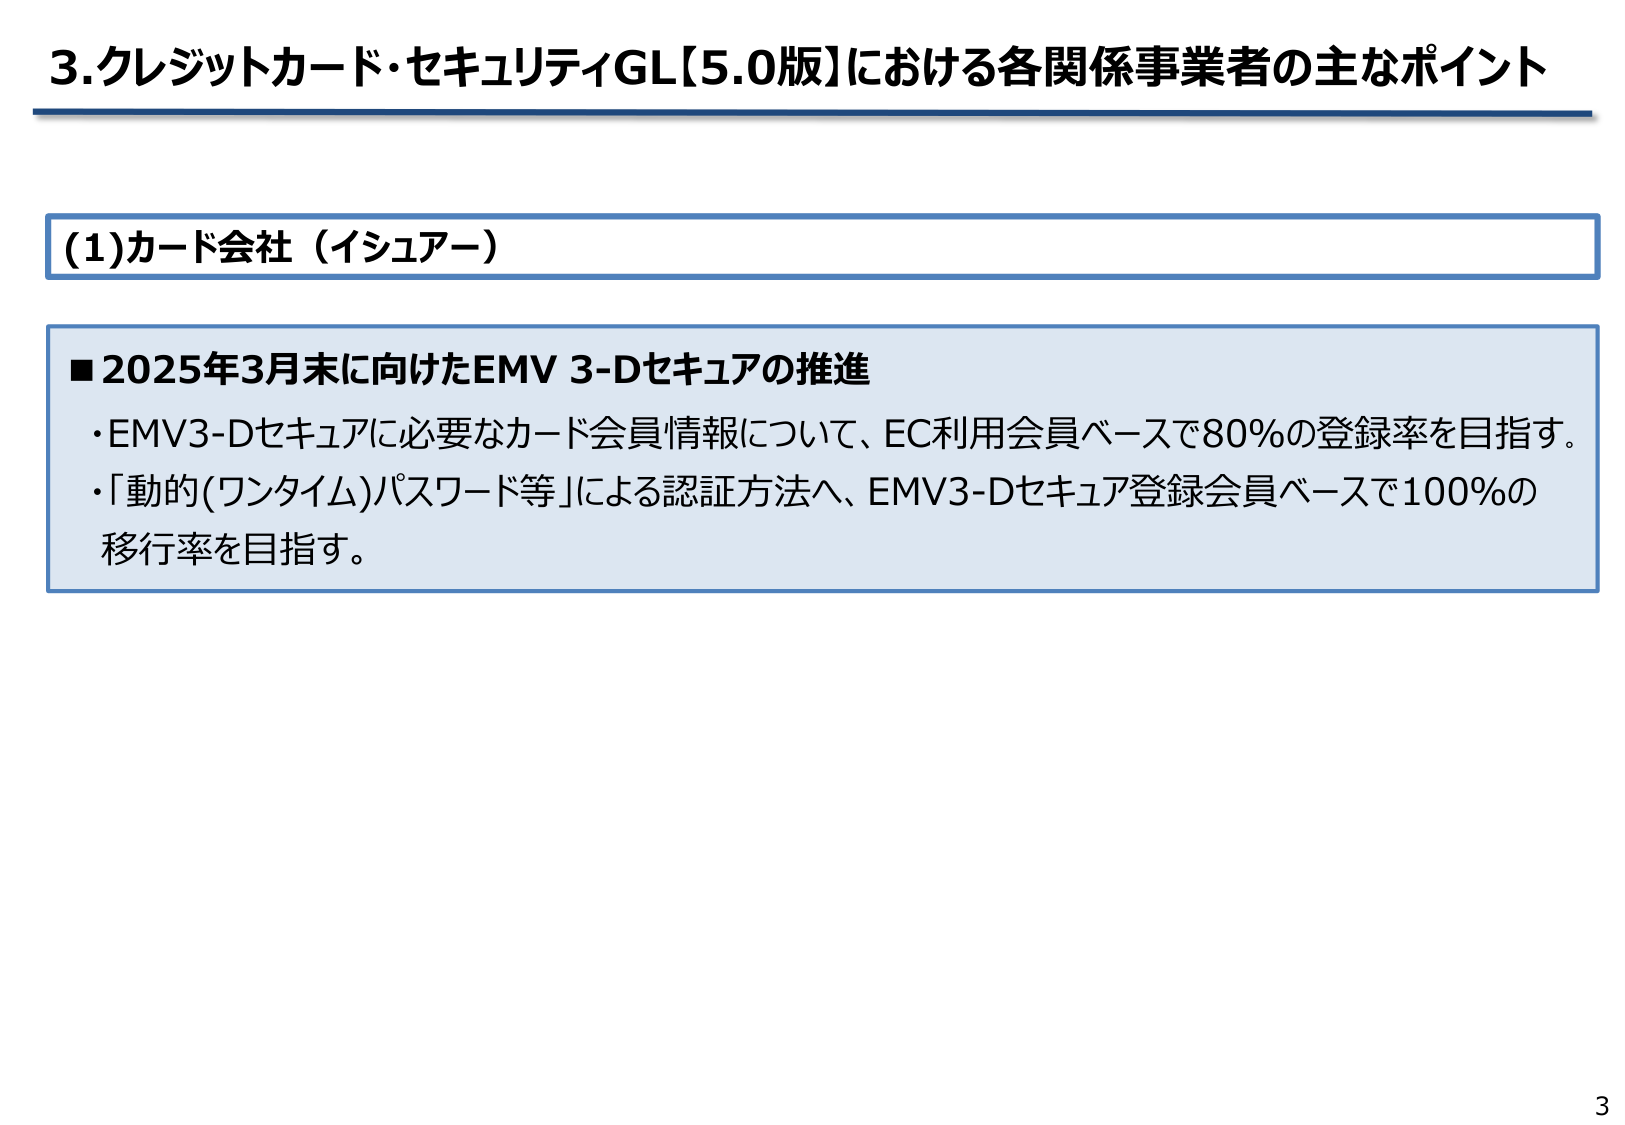
3.クレジットカード・セキュリティGL【5.0版】における各関係事業者の主なポイント

(1)カード会社（イシュアー）

■2025年3月末に向けたEMV 3-Dセキュアの推進
・EMV3-Dセキュアに必要なカード会員情報について、EC利用会員ベースで80％の登録率を目指す。
・「動的(ワンタイム)パスワード等」による認証方法へ、EMV3-Dセキュア登録会員ベースで100％の移行率を目指す。

3